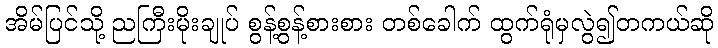
အိမ်ပြင်သို့ ညကြီးမိုးချုပ် စွန့်စွန့်စားစား တစ်ခေါက် ထွက်ရုံမှလွဲ၍တကယ်ဆို